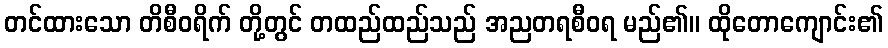
တင်ထားသော တိစီဝရိက် တို့တွင် တထည်ထည်သည် အညတရစီဝရ မည်၏။ ထိုတောကျောင်း၏